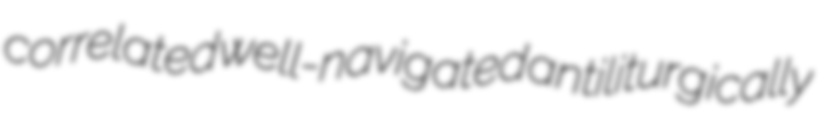
correlated well-navigated antiliturgically